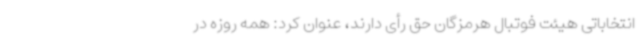
انتخاباتی هیئت فوتبال هرمزگان حق رأی دارند، عنوان کرد: همه روزه در